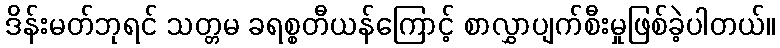
ဒိန်းမတ်ဘုရင် သတ္တမ ခရစ္စတီယန်ကြောင့် စာလွှာပျက်စီးမှုဖြစ်ခဲ့ပါတယ်။